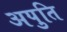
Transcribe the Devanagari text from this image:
अपुति